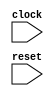
module DspComplexExamplesTester(
    input clock,
    input reset
);
    wire _dut__clock;
    wire _dut__reset;
    wire [4:0] _dut__io_in_real;
    wire [4:0] _dut__io_in_imag;
    wire [4:0] _dut__io_outJ_real;
    wire [4:0] _dut__io_outJ_imag;
    wire [4:0] _dut__io_inByJ_real;
    wire [4:0] _dut__io_inByJ_imag;
    wire [4:0] _dut__io_inByJShortcut_real;
    wire [4:0] _dut__io_inByJShortcut_imag;
    DspComplexExamples dut (
        .clock(_dut__clock),
        .reset(_dut__reset),
        .io_in_real(_dut__io_in_real),
        .io_in_imag(_dut__io_in_imag),
        .io_outJ_real(_dut__io_outJ_real),
        .io_outJ_imag(_dut__io_outJ_imag),
        .io_inByJ_real(_dut__io_inByJ_real),
        .io_inByJ_imag(_dut__io_inByJ_imag),
        .io_inByJShortcut_real(_dut__io_inByJShortcut_real),
        .io_inByJShortcut_imag(_dut__io_inByJShortcut_imag)
    );
    wire _T_4;
    BITS #(.width(1), .high(0), .low(0)) bits_31 (
        .y(_T_4),
        .in(reset)
    );
    wire _T_6;
    EQ_UNSIGNED #(.width(1)) u_eq_32 (
        .y(_T_6),
        .a(_T_4),
        .b(1'h0)
    );
    wire _T_7;
    BITS #(.width(1), .high(0), .low(0)) bits_33 (
        .y(_T_7),
        .in(reset)
    );
    wire _T_9;
    EQ_UNSIGNED #(.width(1)) u_eq_34 (
        .y(_T_9),
        .a(_T_7),
        .b(1'h0)
    );
    wire _T_10;
    BITS #(.width(1), .high(0), .low(0)) bits_35 (
        .y(_T_10),
        .in(reset)
    );
    wire _T_12;
    EQ_UNSIGNED #(.width(1)) u_eq_36 (
        .y(_T_12),
        .a(_T_10),
        .b(1'h0)
    );
    wire _T_13;
    BITS #(.width(1), .high(0), .low(0)) bits_37 (
        .y(_T_13),
        .in(reset)
    );
    wire _T_15;
    EQ_UNSIGNED #(.width(1)) u_eq_38 (
        .y(_T_15),
        .a(_T_13),
        .b(1'h0)
    );
    wire _T_17;
    wire [4:0] _WTEMP_5;
    PAD_SIGNED #(.width(1), .n(5)) s_pad_39 (
        .y(_WTEMP_5),
        .in(1'sh0)
    );
    EQ_SIGNED #(.width(5)) s_eq_40 (
        .y(_T_17),
        .a(_dut__io_outJ_real),
        .b(_WTEMP_5)
    );
    wire _T_18;
    BITS #(.width(1), .high(0), .low(0)) bits_41 (
        .y(_T_18),
        .in(reset)
    );
    wire _T_19;
    BITWISEOR #(.width(1)) bitwiseor_42 (
        .y(_T_19),
        .a(_T_17),
        .b(_T_18)
    );
    wire _T_21;
    EQ_UNSIGNED #(.width(1)) u_eq_43 (
        .y(_T_21),
        .a(_T_19),
        .b(1'h0)
    );
    wire _T_23;
    wire [4:0] _WTEMP_6;
    PAD_SIGNED #(.width(2), .n(5)) s_pad_44 (
        .y(_WTEMP_6),
        .in(2'sh1)
    );
    EQ_SIGNED #(.width(5)) s_eq_45 (
        .y(_T_23),
        .a(_dut__io_outJ_imag),
        .b(_WTEMP_6)
    );
    wire _T_24;
    BITS #(.width(1), .high(0), .low(0)) bits_46 (
        .y(_T_24),
        .in(reset)
    );
    wire _T_25;
    BITWISEOR #(.width(1)) bitwiseor_47 (
        .y(_T_25),
        .a(_T_23),
        .b(_T_24)
    );
    wire _T_27;
    EQ_UNSIGNED #(.width(1)) u_eq_48 (
        .y(_T_27),
        .a(_T_25),
        .b(1'h0)
    );
    wire _T_29;
    wire [4:0] _WTEMP_7;
    PAD_SIGNED #(.width(4), .n(5)) s_pad_49 (
        .y(_WTEMP_7),
        .in(4'sh4)
    );
    EQ_SIGNED #(.width(5)) s_eq_50 (
        .y(_T_29),
        .a(_dut__io_inByJ_real),
        .b(_WTEMP_7)
    );
    wire _T_30;
    BITS #(.width(1), .high(0), .low(0)) bits_51 (
        .y(_T_30),
        .in(reset)
    );
    wire _T_31;
    BITWISEOR #(.width(1)) bitwiseor_52 (
        .y(_T_31),
        .a(_T_29),
        .b(_T_30)
    );
    wire _T_33;
    EQ_UNSIGNED #(.width(1)) u_eq_53 (
        .y(_T_33),
        .a(_T_31),
        .b(1'h0)
    );
    wire _T_35;
    wire [4:0] _WTEMP_8;
    PAD_SIGNED #(.width(4), .n(5)) s_pad_54 (
        .y(_WTEMP_8),
        .in(4'sh7)
    );
    EQ_SIGNED #(.width(5)) s_eq_55 (
        .y(_T_35),
        .a(_dut__io_inByJ_imag),
        .b(_WTEMP_8)
    );
    wire _T_36;
    BITS #(.width(1), .high(0), .low(0)) bits_56 (
        .y(_T_36),
        .in(reset)
    );
    wire _T_37;
    BITWISEOR #(.width(1)) bitwiseor_57 (
        .y(_T_37),
        .a(_T_35),
        .b(_T_36)
    );
    wire _T_39;
    EQ_UNSIGNED #(.width(1)) u_eq_58 (
        .y(_T_39),
        .a(_T_37),
        .b(1'h0)
    );
    wire _T_41;
    wire [4:0] _WTEMP_9;
    PAD_SIGNED #(.width(4), .n(5)) s_pad_59 (
        .y(_WTEMP_9),
        .in(4'sh4)
    );
    EQ_SIGNED #(.width(5)) s_eq_60 (
        .y(_T_41),
        .a(_dut__io_inByJShortcut_real),
        .b(_WTEMP_9)
    );
    wire _T_42;
    BITS #(.width(1), .high(0), .low(0)) bits_61 (
        .y(_T_42),
        .in(reset)
    );
    wire _T_43;
    BITWISEOR #(.width(1)) bitwiseor_62 (
        .y(_T_43),
        .a(_T_41),
        .b(_T_42)
    );
    wire _T_45;
    EQ_UNSIGNED #(.width(1)) u_eq_63 (
        .y(_T_45),
        .a(_T_43),
        .b(1'h0)
    );
    wire _T_47;
    wire [4:0] _WTEMP_10;
    PAD_SIGNED #(.width(4), .n(5)) s_pad_64 (
        .y(_WTEMP_10),
        .in(4'sh7)
    );
    EQ_SIGNED #(.width(5)) s_eq_65 (
        .y(_T_47),
        .a(_dut__io_inByJShortcut_imag),
        .b(_WTEMP_10)
    );
    wire _T_48;
    BITS #(.width(1), .high(0), .low(0)) bits_66 (
        .y(_T_48),
        .in(reset)
    );
    wire _T_49;
    BITWISEOR #(.width(1)) bitwiseor_67 (
        .y(_T_49),
        .a(_T_47),
        .b(_T_48)
    );
    wire _T_51;
    EQ_UNSIGNED #(.width(1)) u_eq_68 (
        .y(_T_51),
        .a(_T_49),
        .b(1'h0)
    );
    wire _T_52;
    BITS #(.width(1), .high(0), .low(0)) bits_69 (
        .y(_T_52),
        .in(reset)
    );
    wire _T_54;
    EQ_UNSIGNED #(.width(1)) u_eq_70 (
        .y(_T_54),
        .a(_T_52),
        .b(1'h0)
    );
    assign _dut__clock = clock;
    PAD_SIGNED #(.width(3), .n(5)) s_pad_71 (
        .y(_dut__io_in_imag),
        .in(-3'sh4)
    );
    PAD_SIGNED #(.width(4), .n(5)) s_pad_72 (
        .y(_dut__io_in_real),
        .in(4'sh7)
    );
    assign _dut__reset = reset;
endmodule //DspComplexExamplesTester
module DspComplexExamples(
    input clock,
    input reset,
    input [4:0] io_in_real,
    input [4:0] io_in_imag,
    output [4:0] io_outJ_real,
    output [4:0] io_outJ_imag,
    output [4:0] io_inByJ_real,
    output [4:0] io_inByJ_imag,
    output [4:0] io_inByJShortcut_real,
    output [4:0] io_inByJShortcut_imag
);
    wire _T_39_real;
    wire [1:0] _T_39_imag;
    wire _T_49_real;
    wire [1:0] _T_49_imag;
    wire [2:0] _T_50;
    wire [1:0] _WTEMP_0;
    PAD_SIGNED #(.width(1), .n(2)) s_pad_1 (
        .y(_WTEMP_0),
        .in(_T_49_real)
    );
    ADD_SIGNED #(.width(2)) s_add_2 (
        .y(_T_50),
        .a(_WTEMP_0),
        .b(_T_49_imag)
    );
    wire [1:0] _T_51;
    TAIL #(.width(3), .n(1)) tail_3 (
        .y(_T_51),
        .in(_T_50)
    );
    wire [1:0] _T_52;
    ASSINT #(.width(2)) assint_4 (
        .y(_T_52),
        .in(_T_51)
    );
    wire [5:0] _T_53;
    ADD_SIGNED #(.width(5)) s_add_5 (
        .y(_T_53),
        .a(io_in_real),
        .b(io_in_imag)
    );
    wire [4:0] _T_54;
    TAIL #(.width(6), .n(1)) tail_6 (
        .y(_T_54),
        .in(_T_53)
    );
    wire [4:0] _T_55;
    ASSINT #(.width(5)) assint_7 (
        .y(_T_55),
        .in(_T_54)
    );
    wire [5:0] _T_56;
    SUB_SIGNED #(.width(5)) s_sub_8 (
        .y(_T_56),
        .a(io_in_imag),
        .b(io_in_real)
    );
    wire [4:0] _T_57;
    TAIL #(.width(6), .n(1)) tail_9 (
        .y(_T_57),
        .in(_T_56)
    );
    wire [4:0] _T_58;
    ASSINT #(.width(5)) assint_10 (
        .y(_T_58),
        .in(_T_57)
    );
    wire [6:0] _T_59;
    MUL2_SIGNED #(.width_a(5), .width_b(2)) s_mul2_11 (
        .y(_T_59),
        .a(io_in_real),
        .b(_T_52)
    );
    wire [6:0] _T_60;
    MUL2_SIGNED #(.width_a(5), .width_b(2)) s_mul2_12 (
        .y(_T_60),
        .a(_T_55),
        .b(_T_49_imag)
    );
    wire [5:0] _T_61;
    MUL2_SIGNED #(.width_a(5), .width_b(1)) s_mul2_13 (
        .y(_T_61),
        .a(_T_58),
        .b(_T_49_real)
    );
    wire [7:0] _T_62;
    SUB_SIGNED #(.width(7)) s_sub_14 (
        .y(_T_62),
        .a(_T_59),
        .b(_T_60)
    );
    wire [6:0] _T_63;
    TAIL #(.width(8), .n(1)) tail_15 (
        .y(_T_63),
        .in(_T_62)
    );
    wire [6:0] _T_64;
    ASSINT #(.width(7)) assint_16 (
        .y(_T_64),
        .in(_T_63)
    );
    wire [7:0] _T_65;
    wire [6:0] _WTEMP_1;
    PAD_SIGNED #(.width(6), .n(7)) s_pad_17 (
        .y(_WTEMP_1),
        .in(_T_61)
    );
    ADD_SIGNED #(.width(7)) s_add_18 (
        .y(_T_65),
        .a(_T_59),
        .b(_WTEMP_1)
    );
    wire [6:0] _T_66;
    TAIL #(.width(8), .n(1)) tail_19 (
        .y(_T_66),
        .in(_T_65)
    );
    wire [6:0] _T_67;
    ASSINT #(.width(7)) assint_20 (
        .y(_T_67),
        .in(_T_66)
    );
    wire [6:0] _T_75_real;
    wire [6:0] _T_75_imag;
    wire [5:0] _T_77;
    wire [4:0] _WTEMP_2;
    PAD_SIGNED #(.width(1), .n(5)) s_pad_21 (
        .y(_WTEMP_2),
        .in(1'sh0)
    );
    SUB_SIGNED #(.width(5)) s_sub_22 (
        .y(_T_77),
        .a(_WTEMP_2),
        .b(io_in_imag)
    );
    wire [4:0] _T_78;
    TAIL #(.width(6), .n(1)) tail_23 (
        .y(_T_78),
        .in(_T_77)
    );
    wire [4:0] _T_79;
    ASSINT #(.width(5)) assint_24 (
        .y(_T_79),
        .in(_T_78)
    );
    wire [4:0] _T_87_real;
    wire [4:0] _T_87_imag;
    assign _T_39_imag = 2'sh1;
    assign _T_39_real = 1'sh0;
    assign _T_49_imag = 2'sh1;
    assign _T_49_real = 1'sh0;
    assign _T_75_imag = _T_67;
    assign _T_75_real = _T_64;
    assign _T_87_imag = io_in_real;
    assign _T_87_real = _T_79;
    wire [4:0] _WTEMP_3;
    BITS #(.width(7), .high(4), .low(0)) bits_25 (
        .y(_WTEMP_3),
        .in(_T_75_imag)
    );
    ASSINT #(.width(5)) assint_26 (
        .y(io_inByJ_imag),
        .in(_WTEMP_3)
    );
    wire [4:0] _WTEMP_4;
    BITS #(.width(7), .high(4), .low(0)) bits_27 (
        .y(_WTEMP_4),
        .in(_T_75_real)
    );
    ASSINT #(.width(5)) assint_28 (
        .y(io_inByJ_real),
        .in(_WTEMP_4)
    );
    assign io_inByJShortcut_imag = _T_87_imag;
    assign io_inByJShortcut_real = _T_87_real;
    PAD_SIGNED #(.width(2), .n(5)) s_pad_29 (
        .y(io_outJ_imag),
        .in(_T_39_imag)
    );
    PAD_SIGNED #(.width(1), .n(5)) s_pad_30 (
        .y(io_outJ_real),
        .in(_T_39_real)
    );
endmodule //DspComplexExamples
module PAD_SIGNED(y, in);
    parameter width = 4;
    parameter n = 4;
    output [(n > width ? n : width)-1:0] y;
    input [width-1:0] in;
    assign y = n > width ? {{(n - width){in[width-1]}}, in} : in;
endmodule // PAD_SIGNED
module ADD_SIGNED(y, a, b);
    parameter width = 4;
    output [width:0] y;
    input [width-1:0] a;
    input [width-1:0] b;
    assign y = $signed(a) + $signed(b);
endmodule // ADD_SIGNED
module TAIL(y, in);
    parameter width = 4;
    parameter n = 2;
    output [width-n-1:0] y;
    input [width-1:0] in;
    assign y = in[width-n-1:0];
endmodule // TAIL
module ASSINT(y, in);
    parameter width = 4;
    output [width-1:0] y;
    input [width-1:0] in;
    assign y = $signed(in);
endmodule // ASSINT
module SUB_SIGNED(y, a, b);
    parameter width = 4;
    output [width:0] y;
    input [width-1:0] a;
    input [width-1:0] b;
    assign y = $signed(a) - $signed(b);
endmodule // SUB_SIGNED
module MUL2_SIGNED(y, a, b);
    parameter width_a = 4;
    parameter width_b = 4;
    output [width_a+width_b-1:0] y;
    input [width_a-1:0] a;
    input [width_b-1:0] b;
    assign y = $signed(a) * $signed(b);
endmodule // MUL2_SIGNED
module BITS(y, in);
    parameter width = 4;
    parameter high = 2;
    parameter low = 0;
    output [high-low:0] y;
    input [width-1:0] in;
    assign y = in[high:low];
endmodule // BITS
module EQ_UNSIGNED(y, a, b);
    parameter width = 4;
    output y;
    input [width-1:0] a;
    input [width-1:0] b;
    assign y = a == b;
endmodule // EQ_UNSIGNED
module EQ_SIGNED(y, a, b);
    parameter width = 4;
    output y;
    input [width-1:0] a;
    input [width-1:0] b;
    assign y = $signed(a) == $signed(b);
endmodule // EQ_SIGNED
module BITWISEOR(y, a, b);
    parameter width = 4;
    output [width-1:0] y;
    input [width-1:0] a;
    input [width-1:0] b;
    assign y = a | b;
endmodule // BITWISEOR